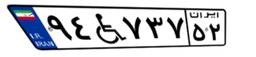
۹۴W۷۳۷۵۲